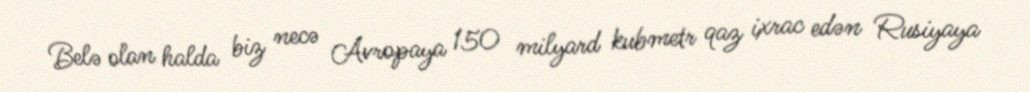
Belə olan halda biz necə Avropaya 150 milyard kubmetr qaz ixrac edən Rusiyaya